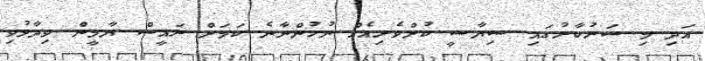
އަދި މި ސަރުކާރުގައި ސިޔާސީ ކުށްވެރިއެއް ނުހުންނާނެ ކަމަށް ރައީސް ޔާމީން ވިދާޅުވި